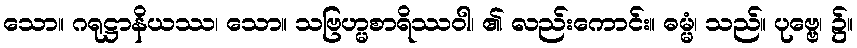
သော။ ဂရုဋ္ဌာနိယဿ၊ သော။ သဗြဟ္မစာရိဿဝါ၊ ၏ လည်းကောင်း။ ဓမ္မံ၊ သည်။ ပုဗ္ဗေ၊ ၌။